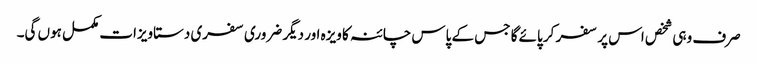
صرف وہی شخص اس پر سفر کر پائے گا جس کے پاس چائنہ کا ویزہ اور دیگر ضروری سفری دستاویزات مکمل ہوں گی۔